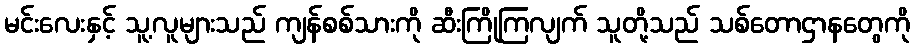
မင်းလေးနှင့် သူ့လူများသည် ကျန်စစ်သားကို ဆီးကြိုကြလျက် သူတို့သည် သစ်တောဌာနတွေကို